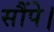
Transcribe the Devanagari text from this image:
सौंपे।